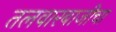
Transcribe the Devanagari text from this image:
तलवारबाजीचा